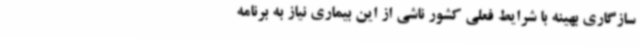
سازگاری بهینه با شرایط فعلی کشور ناشی از این بیماری نیاز به برنامه